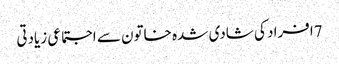
7افراد کی شادی شدہ خاتون سے اجتماعی زیادتی